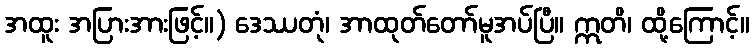
အထူး အပြားအားဖြင့်။) ဒေဿတုံ၊ အာထုတ်တော်မူအပ်ပြီ။ ဣတိ၊ ထို့ကြောင့်။